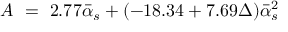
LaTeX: A \ = \ 2 . 7 7 \bar { \alpha } _ { s } + ( - 1 8 . 3 4 + 7 . 6 9 \Delta ) \bar { \alpha } _ { s } ^ { 2 }